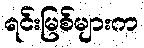
ရင်းမြစ်များက